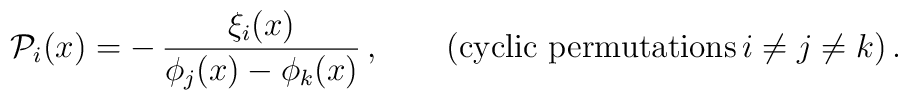
{\cal P}_i (x) = - \, \frac{\xi_i(x)}{\phi_j(x) - \phi_k(x)}\,,\qquad(\mbox{cyclic permutations} \, i\not=j\not= k )\,.